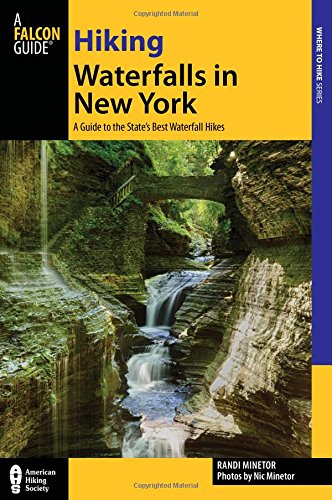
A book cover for Hiking Waterfalls in New York: A Guide To The State's Best Waterfall Hikes; Randi Minetor; Travel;